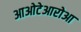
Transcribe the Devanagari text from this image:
आओटेआरोआ